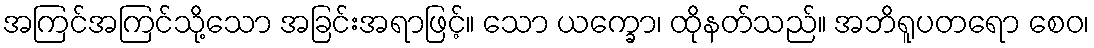
အကြင်အကြင်သို့သော အခြင်းအရာဖြင့်။ သော ယက္ခော၊ ထိုနတ်သည်။ အဘိရူပတရော စေဝ၊